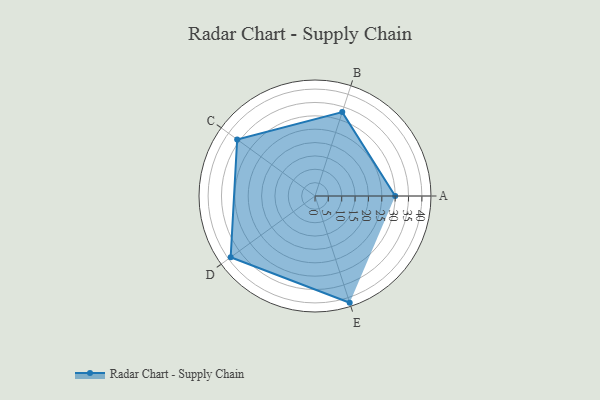
{"axis": {"x": "Skill", "y": "Score"}, "legend": ["Profile"], "data": [{"x": "A", "y": 30.0, "type": "Profile"}, {"x": "B", "y": 33.0, "type": "Profile"}, {"x": "C", "y": 36.0, "type": "Profile"}, {"x": "D", "y": 39.0, "type": "Profile"}, {"x": "E", "y": 42.0, "type": "Profile"}]}